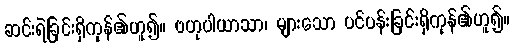
ဆင်းရဲခြင်းရှိကုန်၏ဟူ၍။ ဗဟုပါယာသာ၊ များသော ပင်ပန်းခြင်းရှိကုန်၏ဟူ၍။